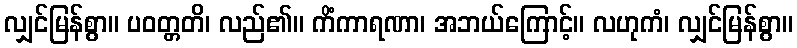
လျှင်မြန်စွာ။ ပဝတ္တတိ၊ လည်၏။ ကိံကာရဏာ၊ အဘယ်ကြောင့်။ လဟုကံ၊ လျှင်မြန်စွာ။